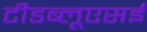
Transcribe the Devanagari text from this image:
टीडब्लूएसई